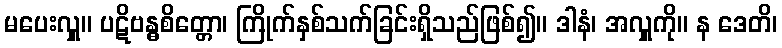
မပေးလှူ။ ပဋိဗန္ဓစိတ္တော၊ ကြိုက်နှစ်သက်ခြင်းရှိသည်ဖြစ်၍။ ဒါနံ၊ အလှူကို။ န ဒေတိ၊